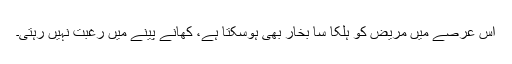
اس عرصے میں مریض کو ہلکا سا بخار بھی ہوسکتا ہے، کھانے پینے میں رغبت نہیں رہتی۔